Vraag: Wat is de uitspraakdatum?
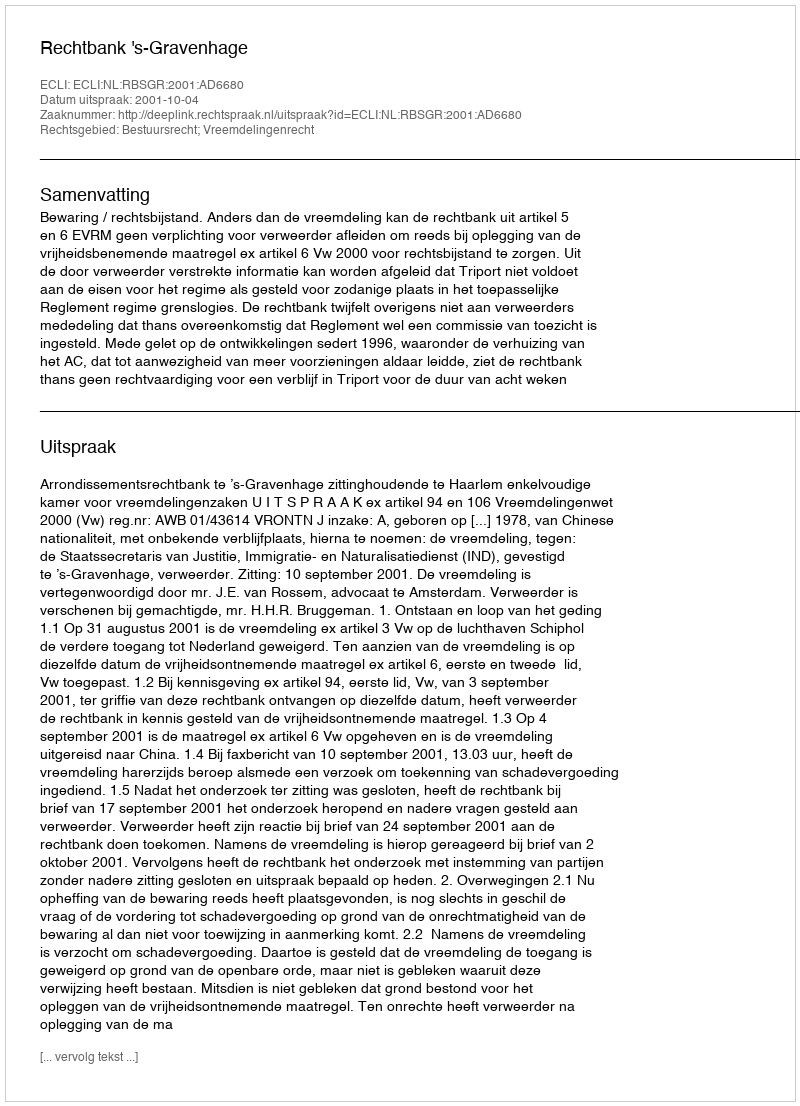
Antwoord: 2001-10-04